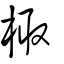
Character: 棷